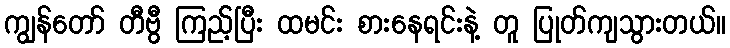
ကျွန်တော် တီဗွီ ကြည့်ပြီး ထမင်း စားနေရင်းနဲ့ တူ ပြုတ်ကျသွားတယ်။